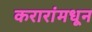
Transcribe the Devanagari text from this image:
करारांमधून